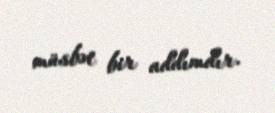
müsbət bir addımdır.